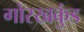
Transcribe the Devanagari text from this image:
गोरखकुंड